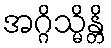
အဂ္ဂိသ္မိန္တိ